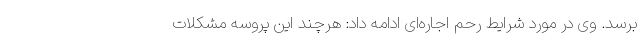
برسد. وی در مورد شرایط رحم اجاره‌ای ادامه داد: هرچند این پروسه مشکلات